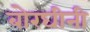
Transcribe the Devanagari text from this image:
बोरघीनी